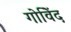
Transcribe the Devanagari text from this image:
गोविेंद